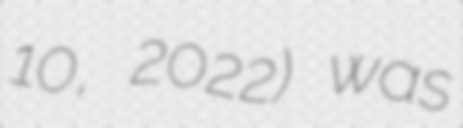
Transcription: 10, 2022) was